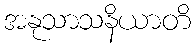
အနုသာသနိယာတိ